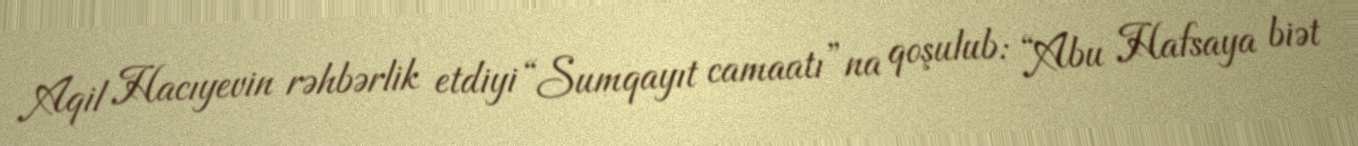
Aqil Hacıyevin rəhbərlik etdiyi “Sumqayıt camaatı”na qoşulub: “Abu Hafsaya biət